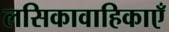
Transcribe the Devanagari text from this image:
लसिकावाहिकाएँ